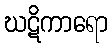
ဃဋိကာရော